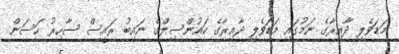
މަޑަވެލި ދާއިރާގެ ނަމުގައި މަޑަވެލި ދާއިރާގެ ކައުންސިލްގެ ނައިބު ރައީސް ސާހިރު ހަސަން